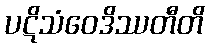
ပဋိသံဝေဒိဿတီတိ